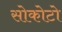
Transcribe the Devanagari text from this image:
सोकोटो